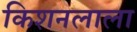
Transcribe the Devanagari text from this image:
किशनलाला